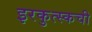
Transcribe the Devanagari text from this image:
इरकुत्स्कची